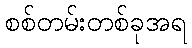
စစ်တမ်းတစ်ခုအရ